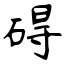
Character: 碍